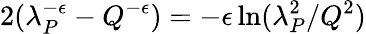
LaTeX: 2(\lambda_{P}^{-\epsilon}-Q^{-\epsilon})=-\epsilon\ln(\lambda_{P}^{2}/Q^{2})